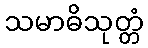
သမာဓိသုတ္တံ